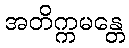
အတိက္ကမန္တေ